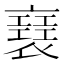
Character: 𧝑